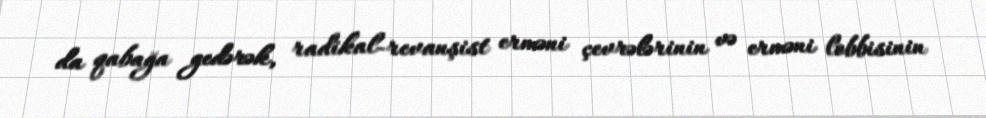
da qabağa gedərək, radikal-revanşist erməni çevrələrinin və erməni lobbisinin